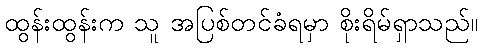
ထွန်းထွန်းက သူ အပြစ်တင်ခံရမှာ စိုးရိမ်ရှာသည်။